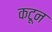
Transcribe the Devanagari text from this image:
कटून